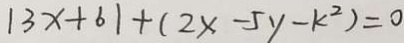
\vert 3 x + 6 \vert + ( 2 x - 5 y - k ^ { 2 } ) = 0